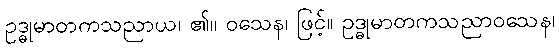
ဥဒ္ဓုမာတကသညာယ၊ ၏။ ဝသေန၊ ဖြင့်။ ဥဒ္ဓုမာတကသညာဝသေန၊